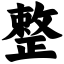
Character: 整